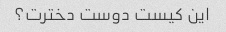
این کیست دوست دخترت؟